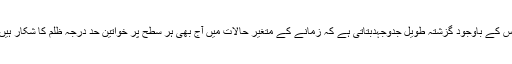
اس کے باوجود گزشتہ طویل جدوجہدبتاتی ہے کہ زمانے کے متغیر حالات میں آج بھی ہر سطح پر خواتین حد درجہ ظلم کا شکار ہیں۔